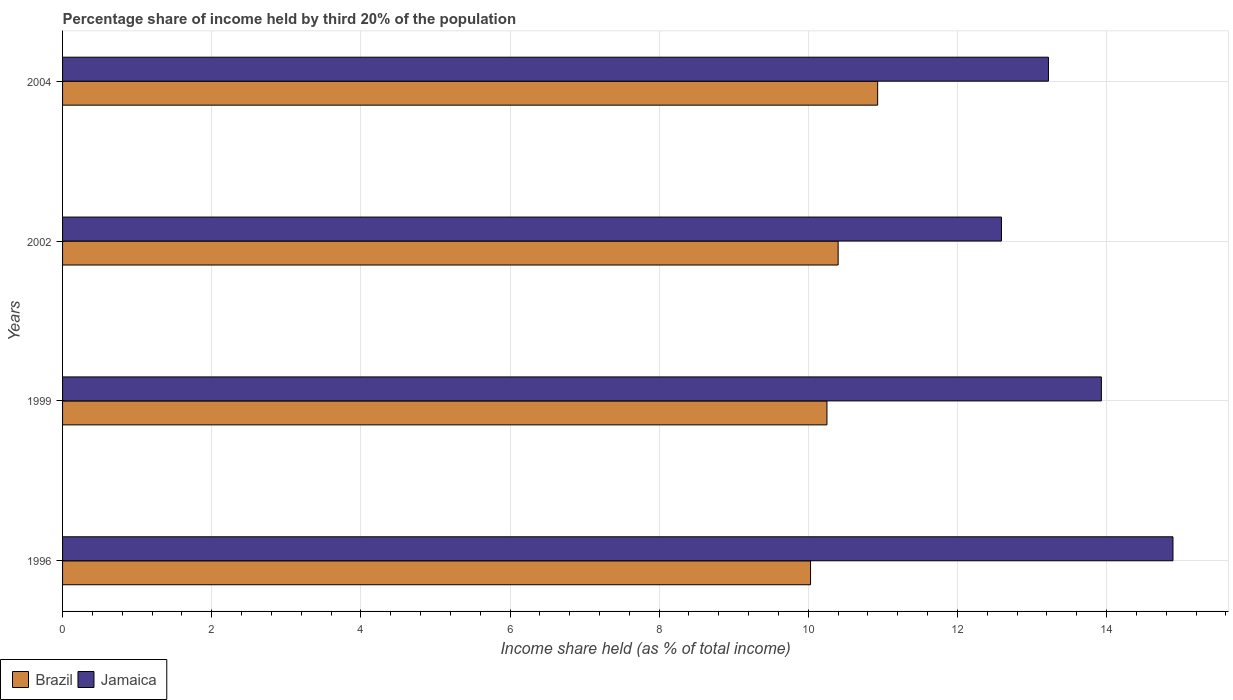
| Years | Brazil | Jamaica |
 | --- | --- | --- |
 | 1996 | 10 | 14.9 |
 | 1999 | 10.2 | 13.9 |
 | 2002 | 10.4 | 12.6 |
 | 2004 | 10.9 | 13.2 |